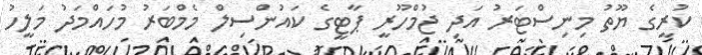
ކުރީގެ ޔޫތު މިނިސްޓަރު އަދި ޖުމްހޫރީ ޕާޓީގެ ކައުންސިލް މެމްބަރު މުހައްމަދު މަަލީހު